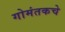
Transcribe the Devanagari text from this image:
गोमंतकचे